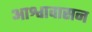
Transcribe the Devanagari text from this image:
आश्वावासन